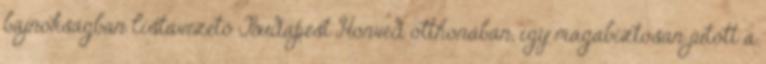
bajnokságban listavezető Budapest Honvéd otthonában, így magabiztosan jutott a